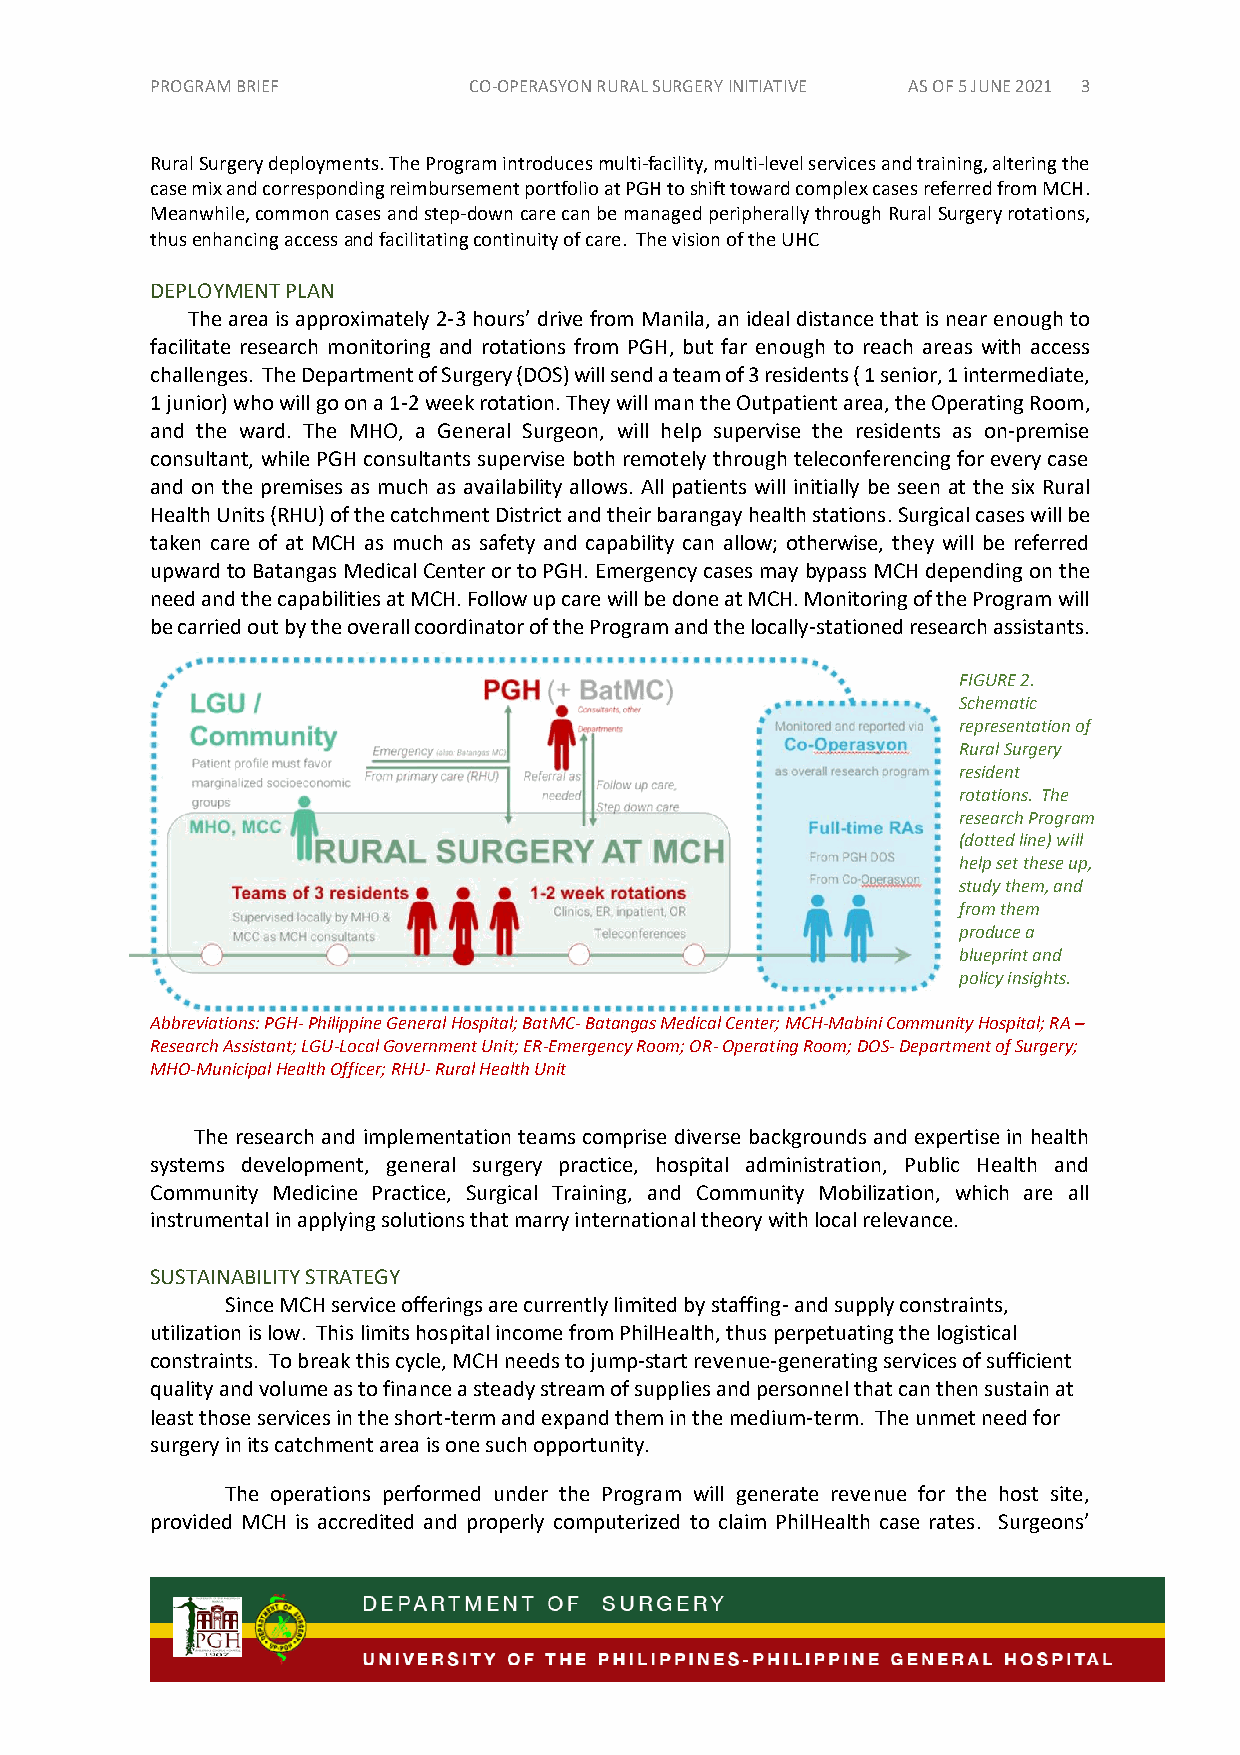
PROGRAM BRIEF        CO-OPERASYON R URAL SURGERY INITIATIVE AS OF 5 JUNE 2021 3
 Rural Surgery deployments. The Program introduces multi-facility, multi-level services and training, altering the
 case mix and corresponding reimbursement portfolio at PGH to shift toward complex cases referred from MCH.
 Meanwhile, common cases and step-down care can be managed peripherally through Rural Surgery rotations,
 thus enhancing access and facilitating continuity of care. The vision of the UHC
 DEPLOYMENT PLAN
 The area is approximately 2-3 hours’ drive from Manila, an ideal distance that is near enough to
 facilitate research monitoring and rotations from PGH, but far enough to reach areas with access
 challenges. The Department of Surgery (DOS) will send a team of 3 residents ( 1 senior, 1 intermediate,
 1 junior) who will go on a 1-2 week rotation. They will man the Outpatient area, the Operating Room,
 and the ward. The MHO, a General Surgeon, will help supervise the residents as on-premise
 consultant, while PGH consultants supervise both remotely through teleconferencing for every case
 and on the premises as much as availability allows. All patients will initially be seen at the six Rural
 Health Units (RHU) of the catchment District and their barangay health stations. Surgical cases will be
 taken care of at MCH as much as safety and capability can allow; otherwise, they will be referred
 upward to Batangas Medical Center or to PGH. Emergency cases may bypass MCH depending on the
 need and the capabilities at MCH. Follow up care will be done at MCH. Monitoring of the Program will
 be carried out by the overall coordinator of the Program and the locally-stationed research assistants.
 FIGURE 2.
 Schematic
 representation of
 Rural Surgery
 resident
 rotations. The
 research Program
 (dotted line) will
 help set these up,
 study them, and
 from them
 produce a
 blueprint and
 policy insights.
 Abbreviations: PGH- Philippine General Hospital; BatMC- Batangas Medical Center; MCH-Mabini Community Hospital; RA –
 Research Assistant; LGU-Local Government Unit; ER-Emergency Room; OR- Operating Room; DOS- Department of Surgery;
 MHO-Municipal Health Officer; RHU- Rural Health Unit
 The research and implementation teams comprise diverse backgrounds and expertise in health
 systems development, general surgery practice, hospital administration, Public Health and
 Community Medicine Practice, Surgical Training, and Community Mobilization, which are all
 instrumental in applying solutions that marry international theory with local relevance.
 SUSTAINABILITY STRATEGY
 Since MCH service offerings are currently limited by staffing- and supply constraints,
 utilization is low. This limits hospital income from PhilHealth, thus perpetuating the logistical
 constraints. To break this cycle, MCH needs to jump-start revenue-generating services of sufficient
 quality and volume as to finance a steady stream of supplies and personnel that can then sustain at
 least those services in the short-term and expand them in the medium-term. The unmet need for
 surgery in its catchment area is one such opportunity.
 The operations performed under the Program will generate revenue for the host site,
 provided MCH is accredited and properly computerized to claim PhilHealth case rates. Surgeons’